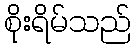
စိုးရိမ်သည်